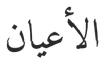
الأعيان